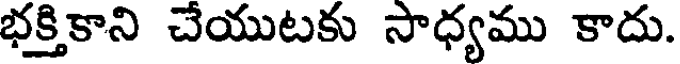
భక్తికాని చేయుటకు సాధ్యము కాదు.